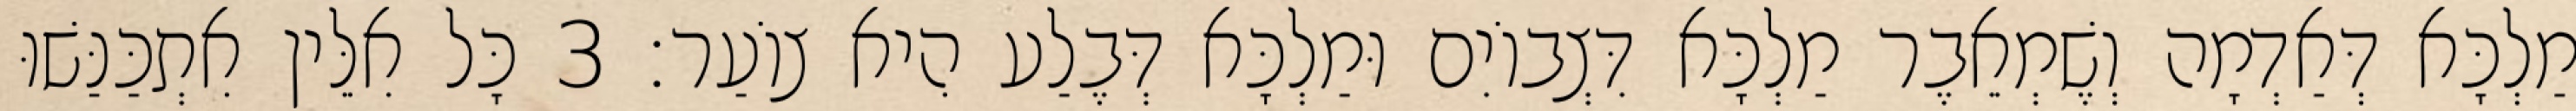
מַלְכָּא דְּאַדְמָה וְשֶׁמְאֵבֶר מַלְכָּא דִּצְבוֹיִם וּמַלְכָּא דְּבֶלַע הִיא צוֹעַר׃ 3 כָּל אִלֵּין אִתְכַּנַּשׁוּ